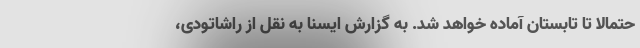
حتمالا تا تابستان آماده خواهد شد. به گزارش ایسنا به نقل از راشاتودی،